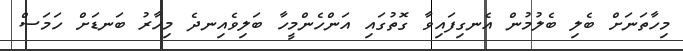
މިހާތަނަށް ބެލި ބެލުމުން އެނގިފައިވާ ގޮތުގައި އަންހެންމީހާ ބަލިވެއިނދެ މިހާރު ބަނޑަށް ހަމަސް